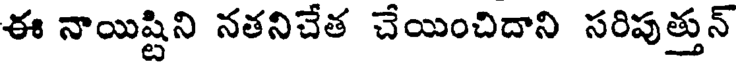
ఈ నాయిష్టిని నతనిచేత చేయించిదాని సరిపుత్తున్